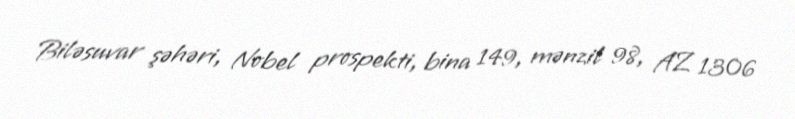
Biləsuvar şəhəri, Nobel prospekti, bina 149, mənzil 98, AZ 1306